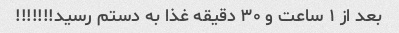
بعد از ۱ ساعت و ۳۰ دقیقه غذا به دستم رسید!!!!!!!